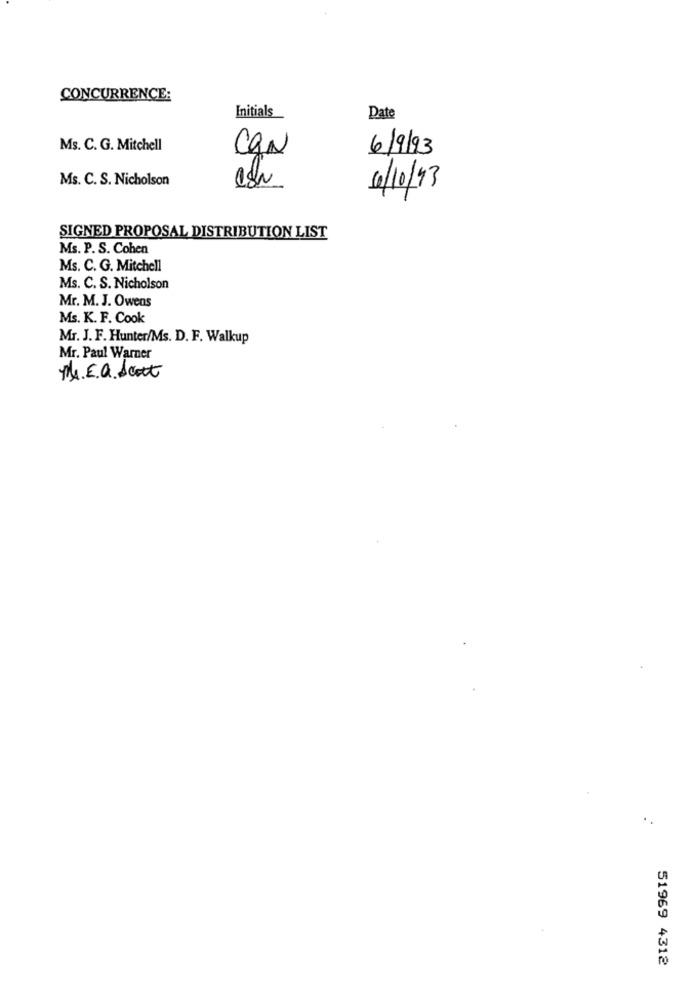
CONCURRENCE:
Initials
Date
Ms. C. G. Mitchell
CON
6/9/93
Ms. C. S. Nicholson
6/10/93
SIGNED PROPOSAL DISTRIBUTION LIST
Ms. P. S. Cohen
Ms. C. G. Mitchell
Ms. C. S. Nicholson
Mr. M. J. Owens
Ms. K. F. Cook
Mr. J. F. Hunter/Ms. D. F. Walkup
Mr. Paul Warner
Me. E.a. Scott
51969 4312